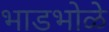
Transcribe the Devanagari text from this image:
भाडभोळे